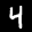
Digit: 4